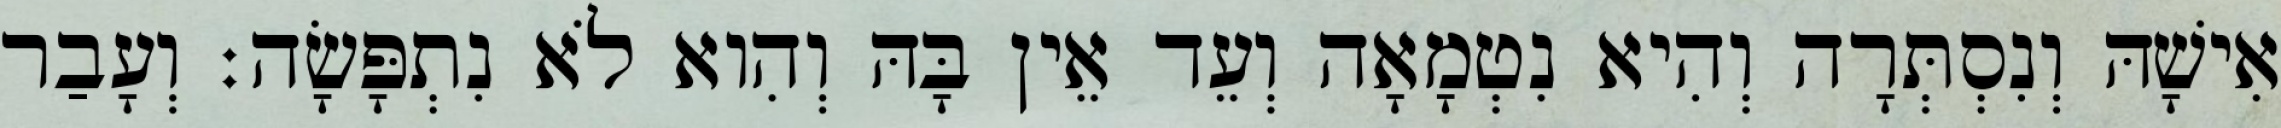
אִישָׁהּ וְנִסְתְּרָה וְהִיא נִטְמָאָה וְעֵד אֵין בָּהּ וְהִוא לֹא נִתְפָּשָׂה׃ וְעָבַר